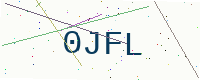
Text: 0JFL